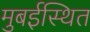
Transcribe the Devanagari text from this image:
मुबईस्थित